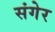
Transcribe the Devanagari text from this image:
संगेर